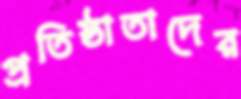
প্রতিষ্ঠাতাদের